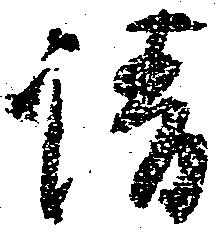
請